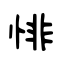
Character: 悱